Juuru_vallavalitsus, lk 13
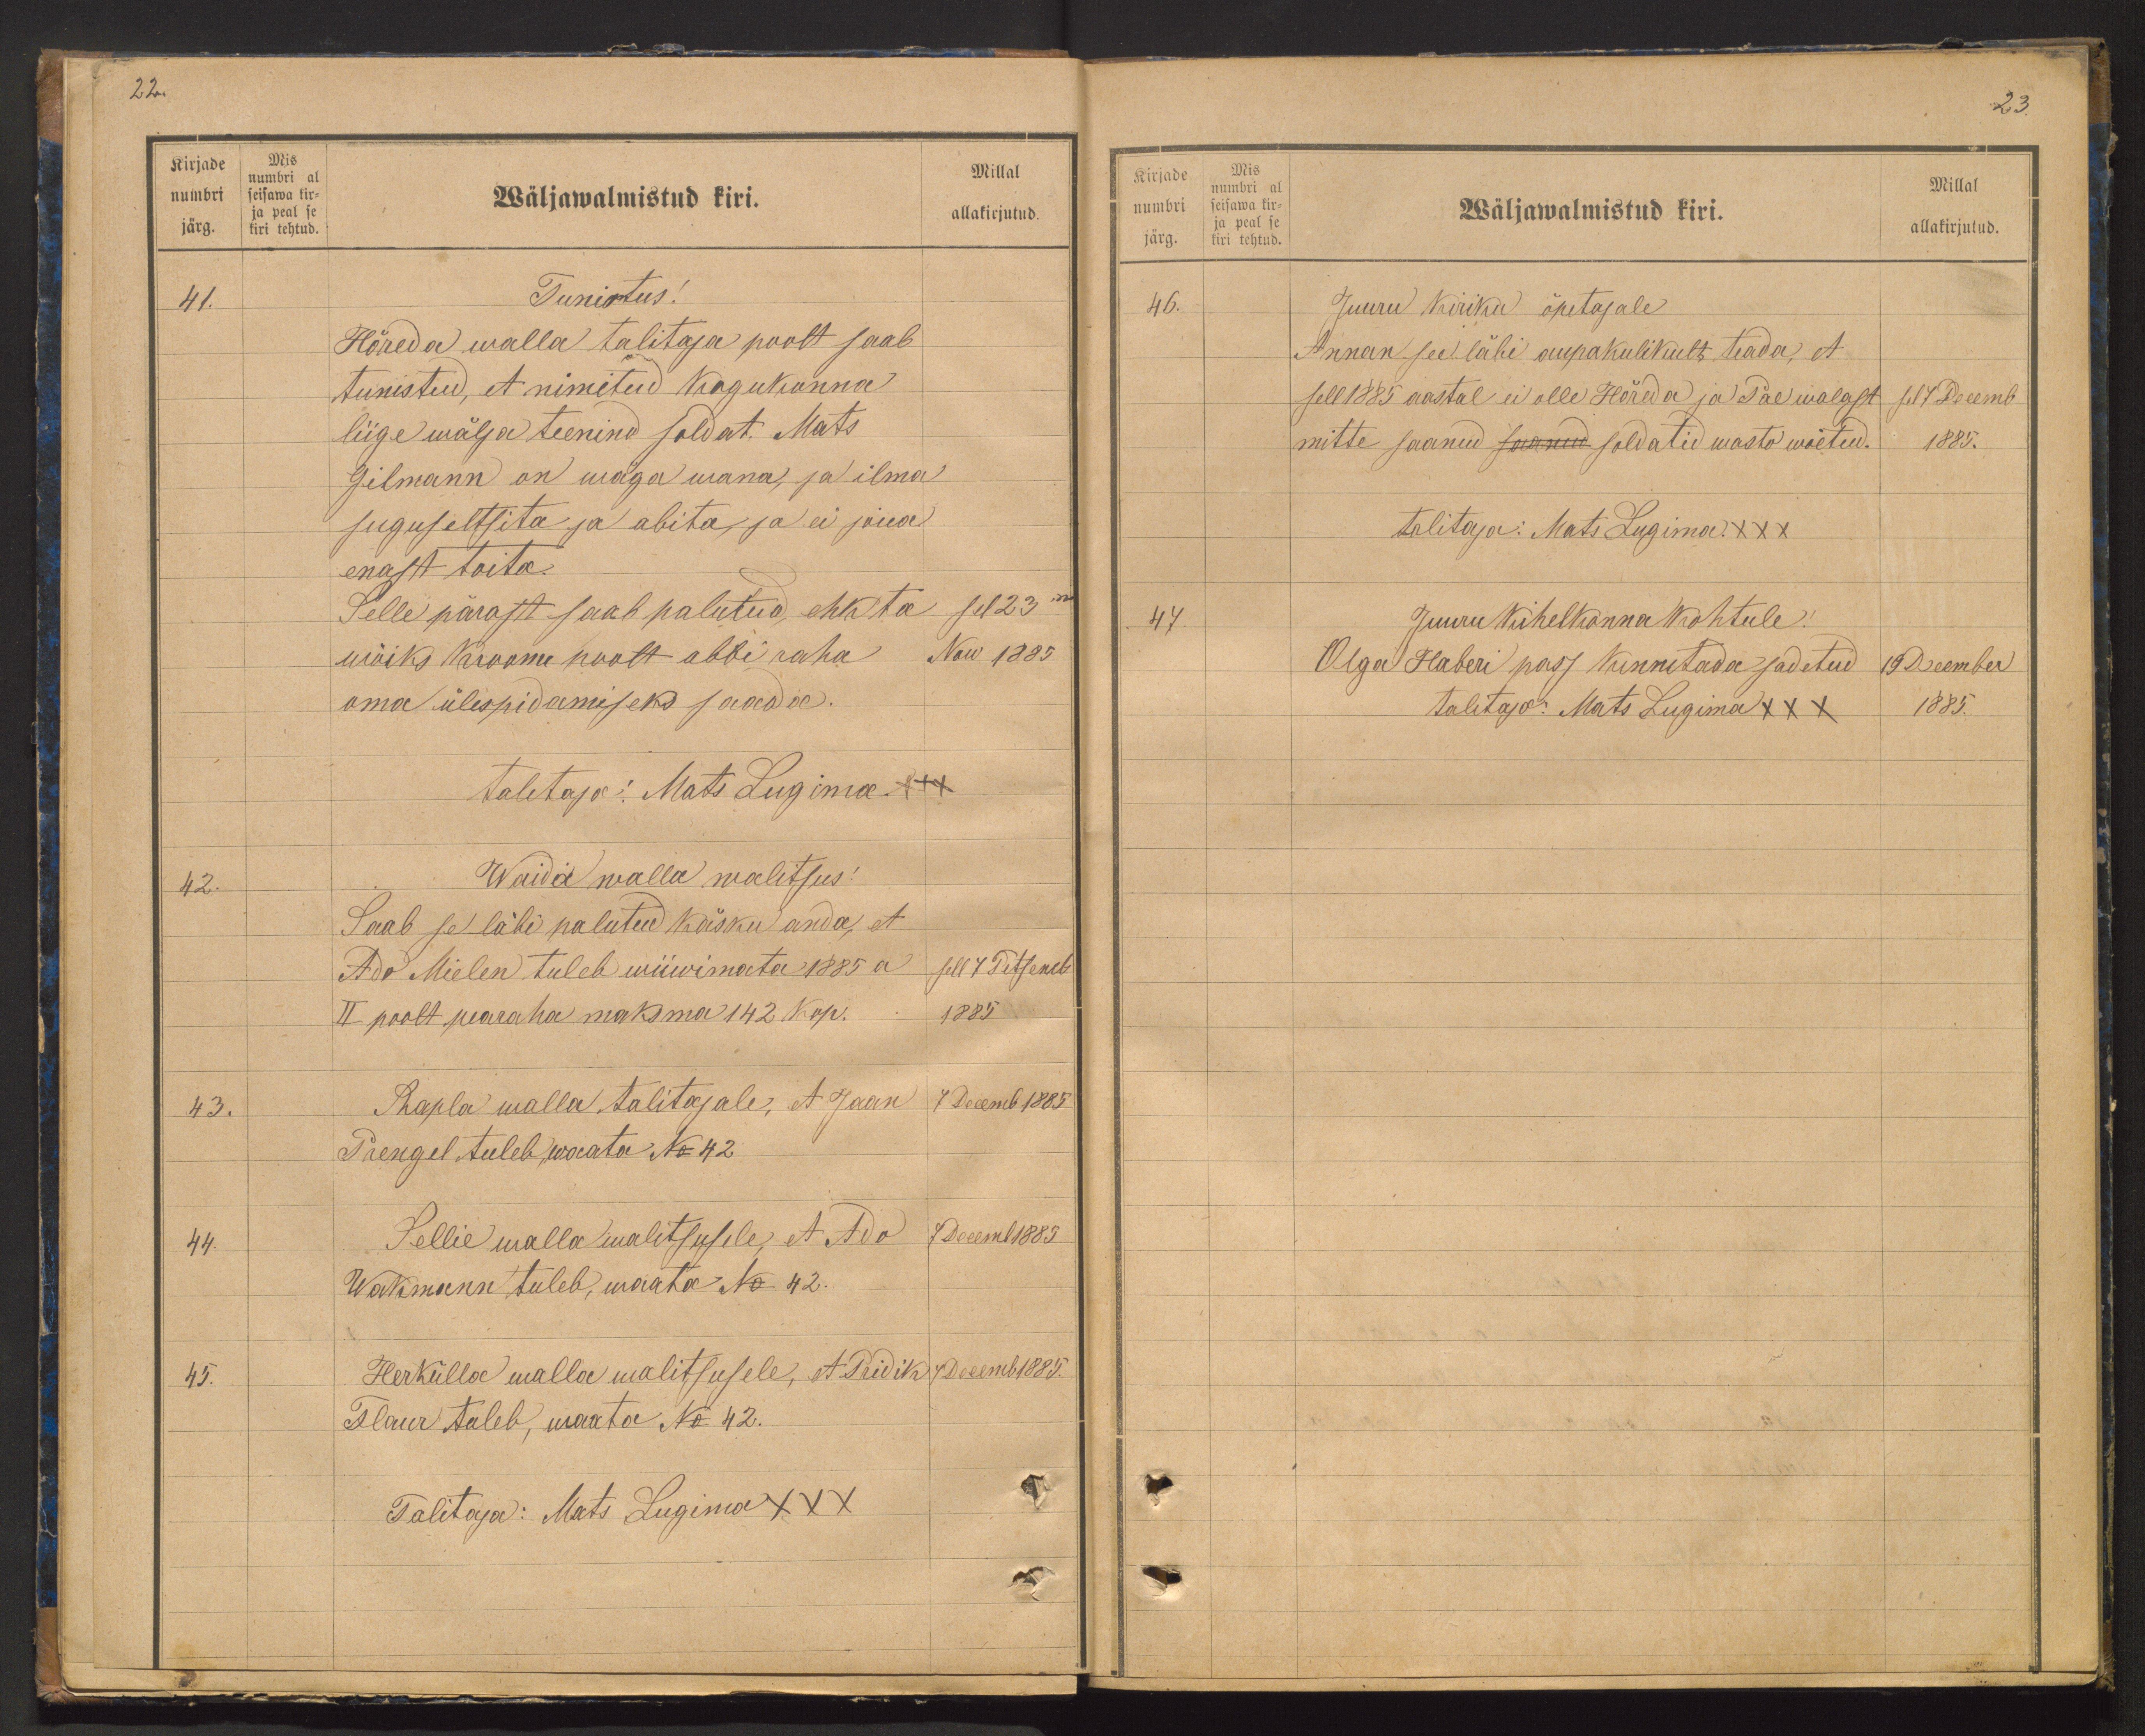
Kirjade
Mis
numbri al
numbri seisawa kir-
ja peal se
järg. kiri tehtud.

22.
Millal
Wäljawalmistud kiri.
allakirjutud.
41.
Tunistus!
Hõreda walla talitaja poolt saab
tunistud, et nimetud kogukonna
liige wälja teenind soldat Mats
Gilmann on wäga wana, ja ilma
suguseltsita ja abita, ja ei jõua
enast toita.
Selle pärast saab palutud ehk ta sel 23ma
wõiks kroonu poolt abbi raha Now 1885
oma ülespidamiseks saada.
talitaja: Mats Lugima +++
42.
Waida walla walitsus!
Saab se läbi palutud käsku anda, et
Ado Mielen tuleb wiiwimata 1885 a sell 7 Tetsemb
II poolt pearaha maksma 142 kop.
1885
43.
Rapla walla talitajale, et Jaan 7 Decemb 1885
Prengel tuleb waata No 42
44.
Sellie walla walitsusele, et Ado
7 Decem 1885
Wakmann tuleb, waata No 42.
45.
Herkülla walla walitsusele, et Priidik Decemb 1885.
Tlaur tuleb, waata No 42.
Talitaja: Mats Lugima XXX

Kirjade
Mis
numbri al
numbri seisawa kir-
ja peal se
järg.
kiri tehtud

23
Millal
Wäljawalmistud kiri.
allakirjutud.
46.
Juuru kiriku õpetajale
Annan see läbi aupakulikult teada, et
sell 1885 aastal ei olle Hõreda ja Pae walast sel 7 Decemb.
mitte saanud suanud soldatid wasto wõetud.
1885.
talitaja: Mats Lugima XXX
47.
Juuru kihelkonna kohtule!
Olga Haberi pass kinnitada sadetud 19 December
talitaja: Mats Lugima XXX
1885.